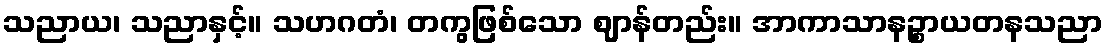
သညာယ၊ သညာနှင့်။ သဟဂတံ၊ တကွဖြစ်သော ဈာန်တည်း။ အာကာသာနဉ္စာယတနသညာ